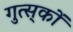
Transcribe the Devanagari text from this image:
गुत्स्‌कों